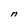
Character: n